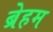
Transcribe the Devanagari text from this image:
ब्रेहम